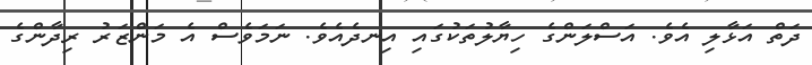
ދަތް އަޅާލި އެވެ. އަސްލަންގެ ހިޔާލުތަކުގައި އިނދެއެވެ. ނަމަވެސް އެ މަންޒަރު ރިދާންގެ